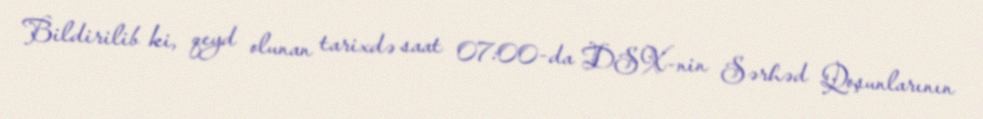
Bildirilib ki, qeyd olunan tarixdə saat 07:00-da DSX-nin Sərhəd Qoşunlarının